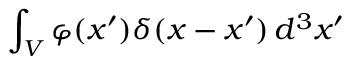
\int _ { V } \varphi ( x ^ { \prime } ) \delta ( x - x ^ { \prime } ) \, d ^ { 3 } x ^ { \prime }